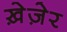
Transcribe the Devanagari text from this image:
ख़ेज़ेर